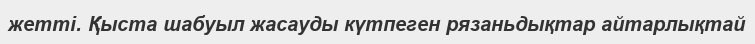
жетті. Қыста шабуыл жасауды күтпеген рязаньдықтар айтарлықтай